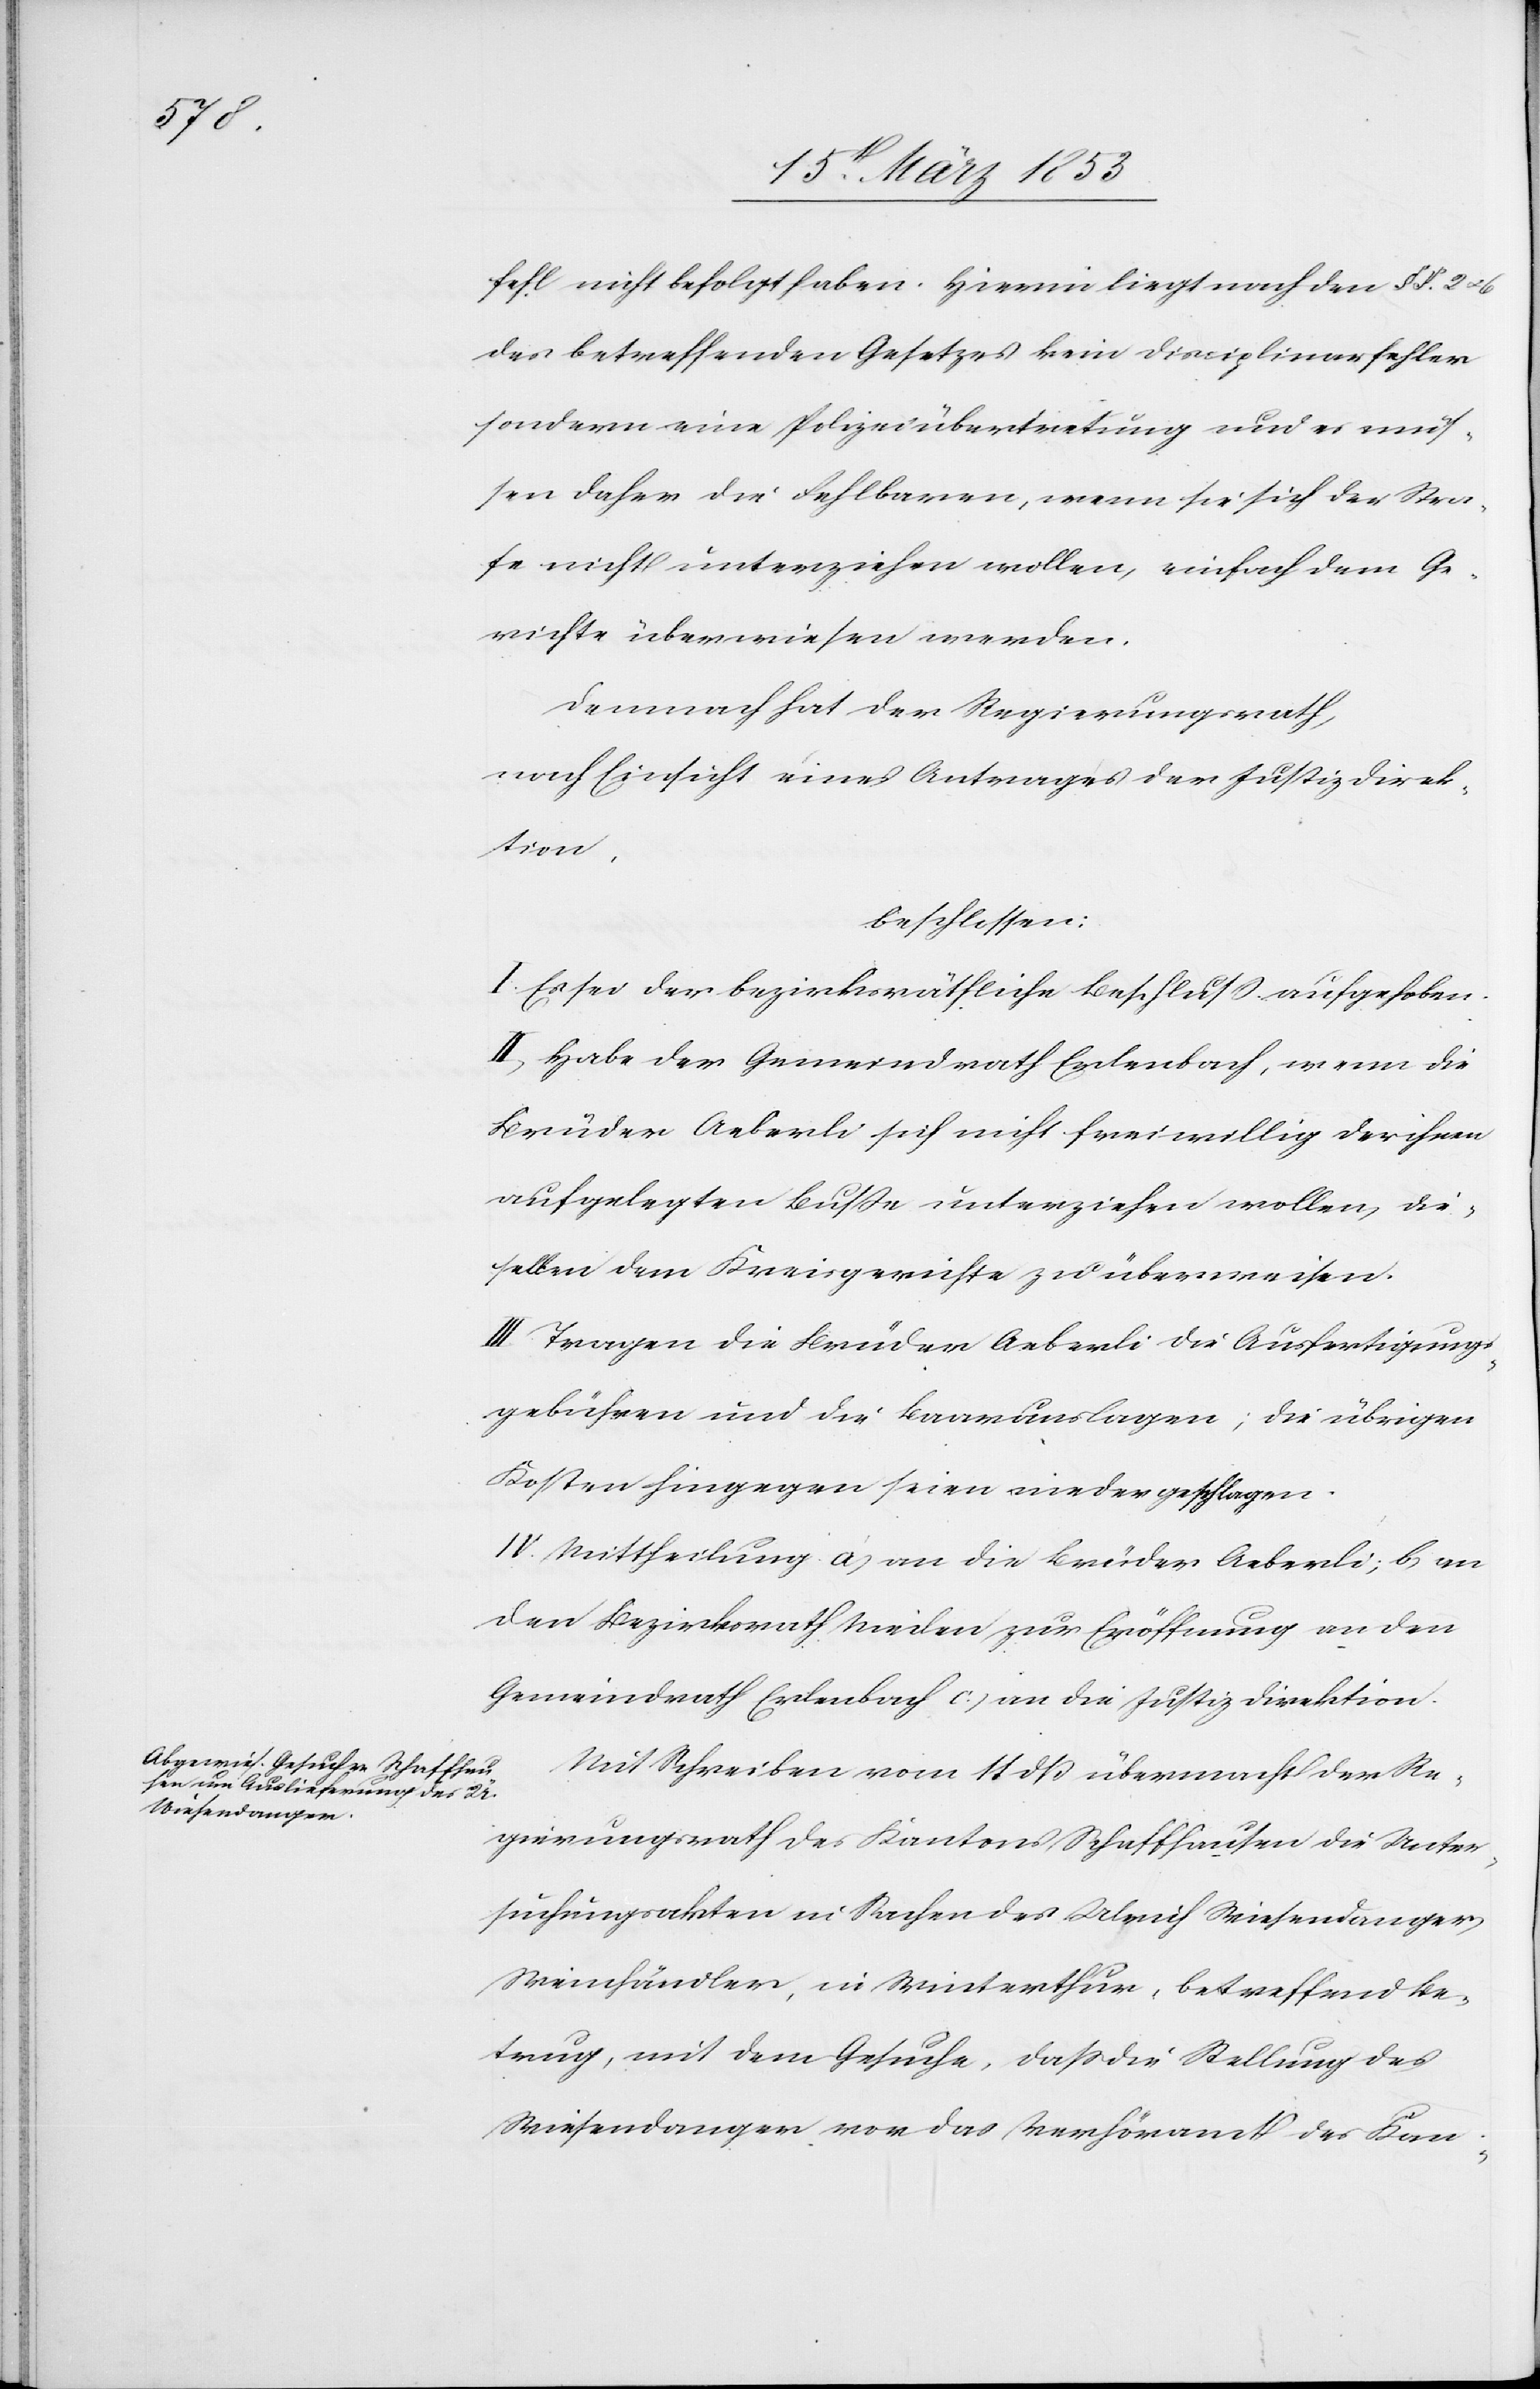
fehl nicht befolgt haben. Hierin liegt nach den §§. 2 u.
des betreffenden Gesetzes kein Disziplinarfehler
sondern eine Polizeiübertretung und es müs¬
sen daher die Fehlbaren, wenn sie sich der Stra¬
fe nicht unterziehen wollen, einfach dem Ge¬
richte überwiesen werden.
Demnach hat der Regierungsrath,
nach Einsicht eines Antrages der Justizdirek¬
tion,
beschlossen:
I. Es sei der bezirksräthliche Beschluß aufgehoben.
II. Habe der Gemeindrath Erlenbach, wenn die
Brüder Aeberli sich nicht freiwillig der ihnen
auferlegten Buße unterziehen wollen, die¬
selben dem Kreisgerichte zu überweisen.
III. Tragen die Brüder Aeberli die Ausfertigungs¬
gebühren und die Baarauslagen; die übrigen
Kosten hingegen seien niedergeschlagen.
IV. Mittheilung a, an die Brüder Aeberli, b, an
den Bezirksrath Meilen zur Eröffnung an den
Gemeindrath Erlenbach c, an die Justizdirektion.
Mit Schreiben vom 14 dß übermacht der Re¬
gierungsrath des Kantons Schaffhausen die Unter¬
suchungsakten in Sachen des Ulrich Wiesendanger,
Weinhändler, in Winterthur, betreffend Be¬
trug, mit dem Gesuche, daß die Stellung des
Wiesendanger vor das Verhöramt des Kan-